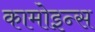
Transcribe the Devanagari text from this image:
कामोइन्स